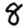
Digit: 8